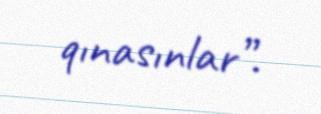
qınasınlar”.